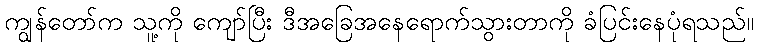
ကျွန်တော်က သူ့ကို ကျော်ပြီး ဒီအခြေအနေရောက်သွားတာကို ခံပြင်းနေပုံရသည်။